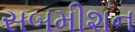
સબમીશન